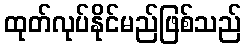
ထုတ်လုပ်နိုင်မည်ဖြစ်သည်